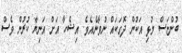
ބުންޏަސް މުޅި އަކުން ދޮގަކައް ނުވާނެއެވެ. އިޝްހާ އަށް އަނިޔާ ކުރުން ވެސް